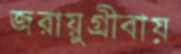
জরায়ুগ্রীবায়